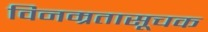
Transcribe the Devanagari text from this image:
विनम्रतासूचक